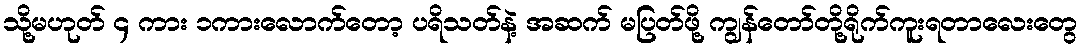
သို့မဟုတ် ၄ ကား ၁ကားလောက်တော့ ပရိသတ်နဲ့ အဆက် မပြတ်ဖို့ ကျွန်တော်တို့ရိုက်ကူးရတာလေးတွေ